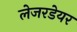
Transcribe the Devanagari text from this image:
लेजरडेयर